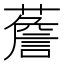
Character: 薝